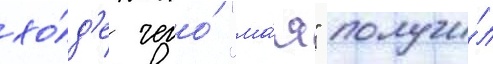
хо́д'е чего́ "ма́я" получи́л